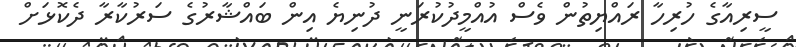
ސީރިއާގެ ހުރިހާ ރައްޔިތުން ވެސް އުއްމީދުކުރަނީ ދުނިޔެ އިން ބައްޝާރުގެ ސަރުކާރާ ދެކޮޅަށް